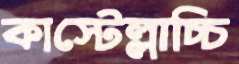
কাস্টেল্লাচ্চি